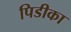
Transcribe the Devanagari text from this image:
पिडीका